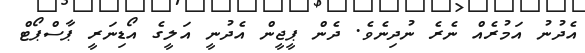
އެދުނު އަމުރެއް ނެރެ ނުދިނެވެ. ދެން ޕީޖީން އެދުނީ އަލީގެ އޯޑިނަރީ ޕާސްޕޯޓް